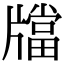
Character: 𤗾